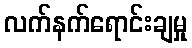
လက်နက်ရောင်းချမှု